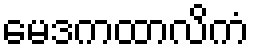
မေဒကထာလိကံ